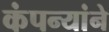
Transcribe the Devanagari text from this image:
कंपन्यांने